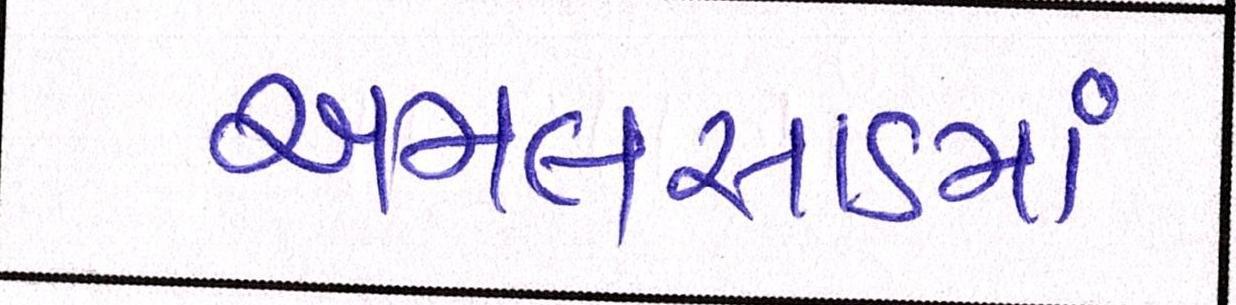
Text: અમલસાડમાં